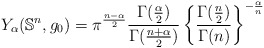
\begin{align*}Y_\alpha(\mathbb{S}^n, g_0) =\pi^{\frac{n-\alpha}2}\frac{\Gamma(\frac\alpha 2)}{\Gamma(\frac{n+\alpha}2)} \left\{\frac{\Gamma(\frac n2)}{\Gamma(n)}\right\}^{-\frac\alpha n}\end{align*}